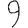
Digit: 9